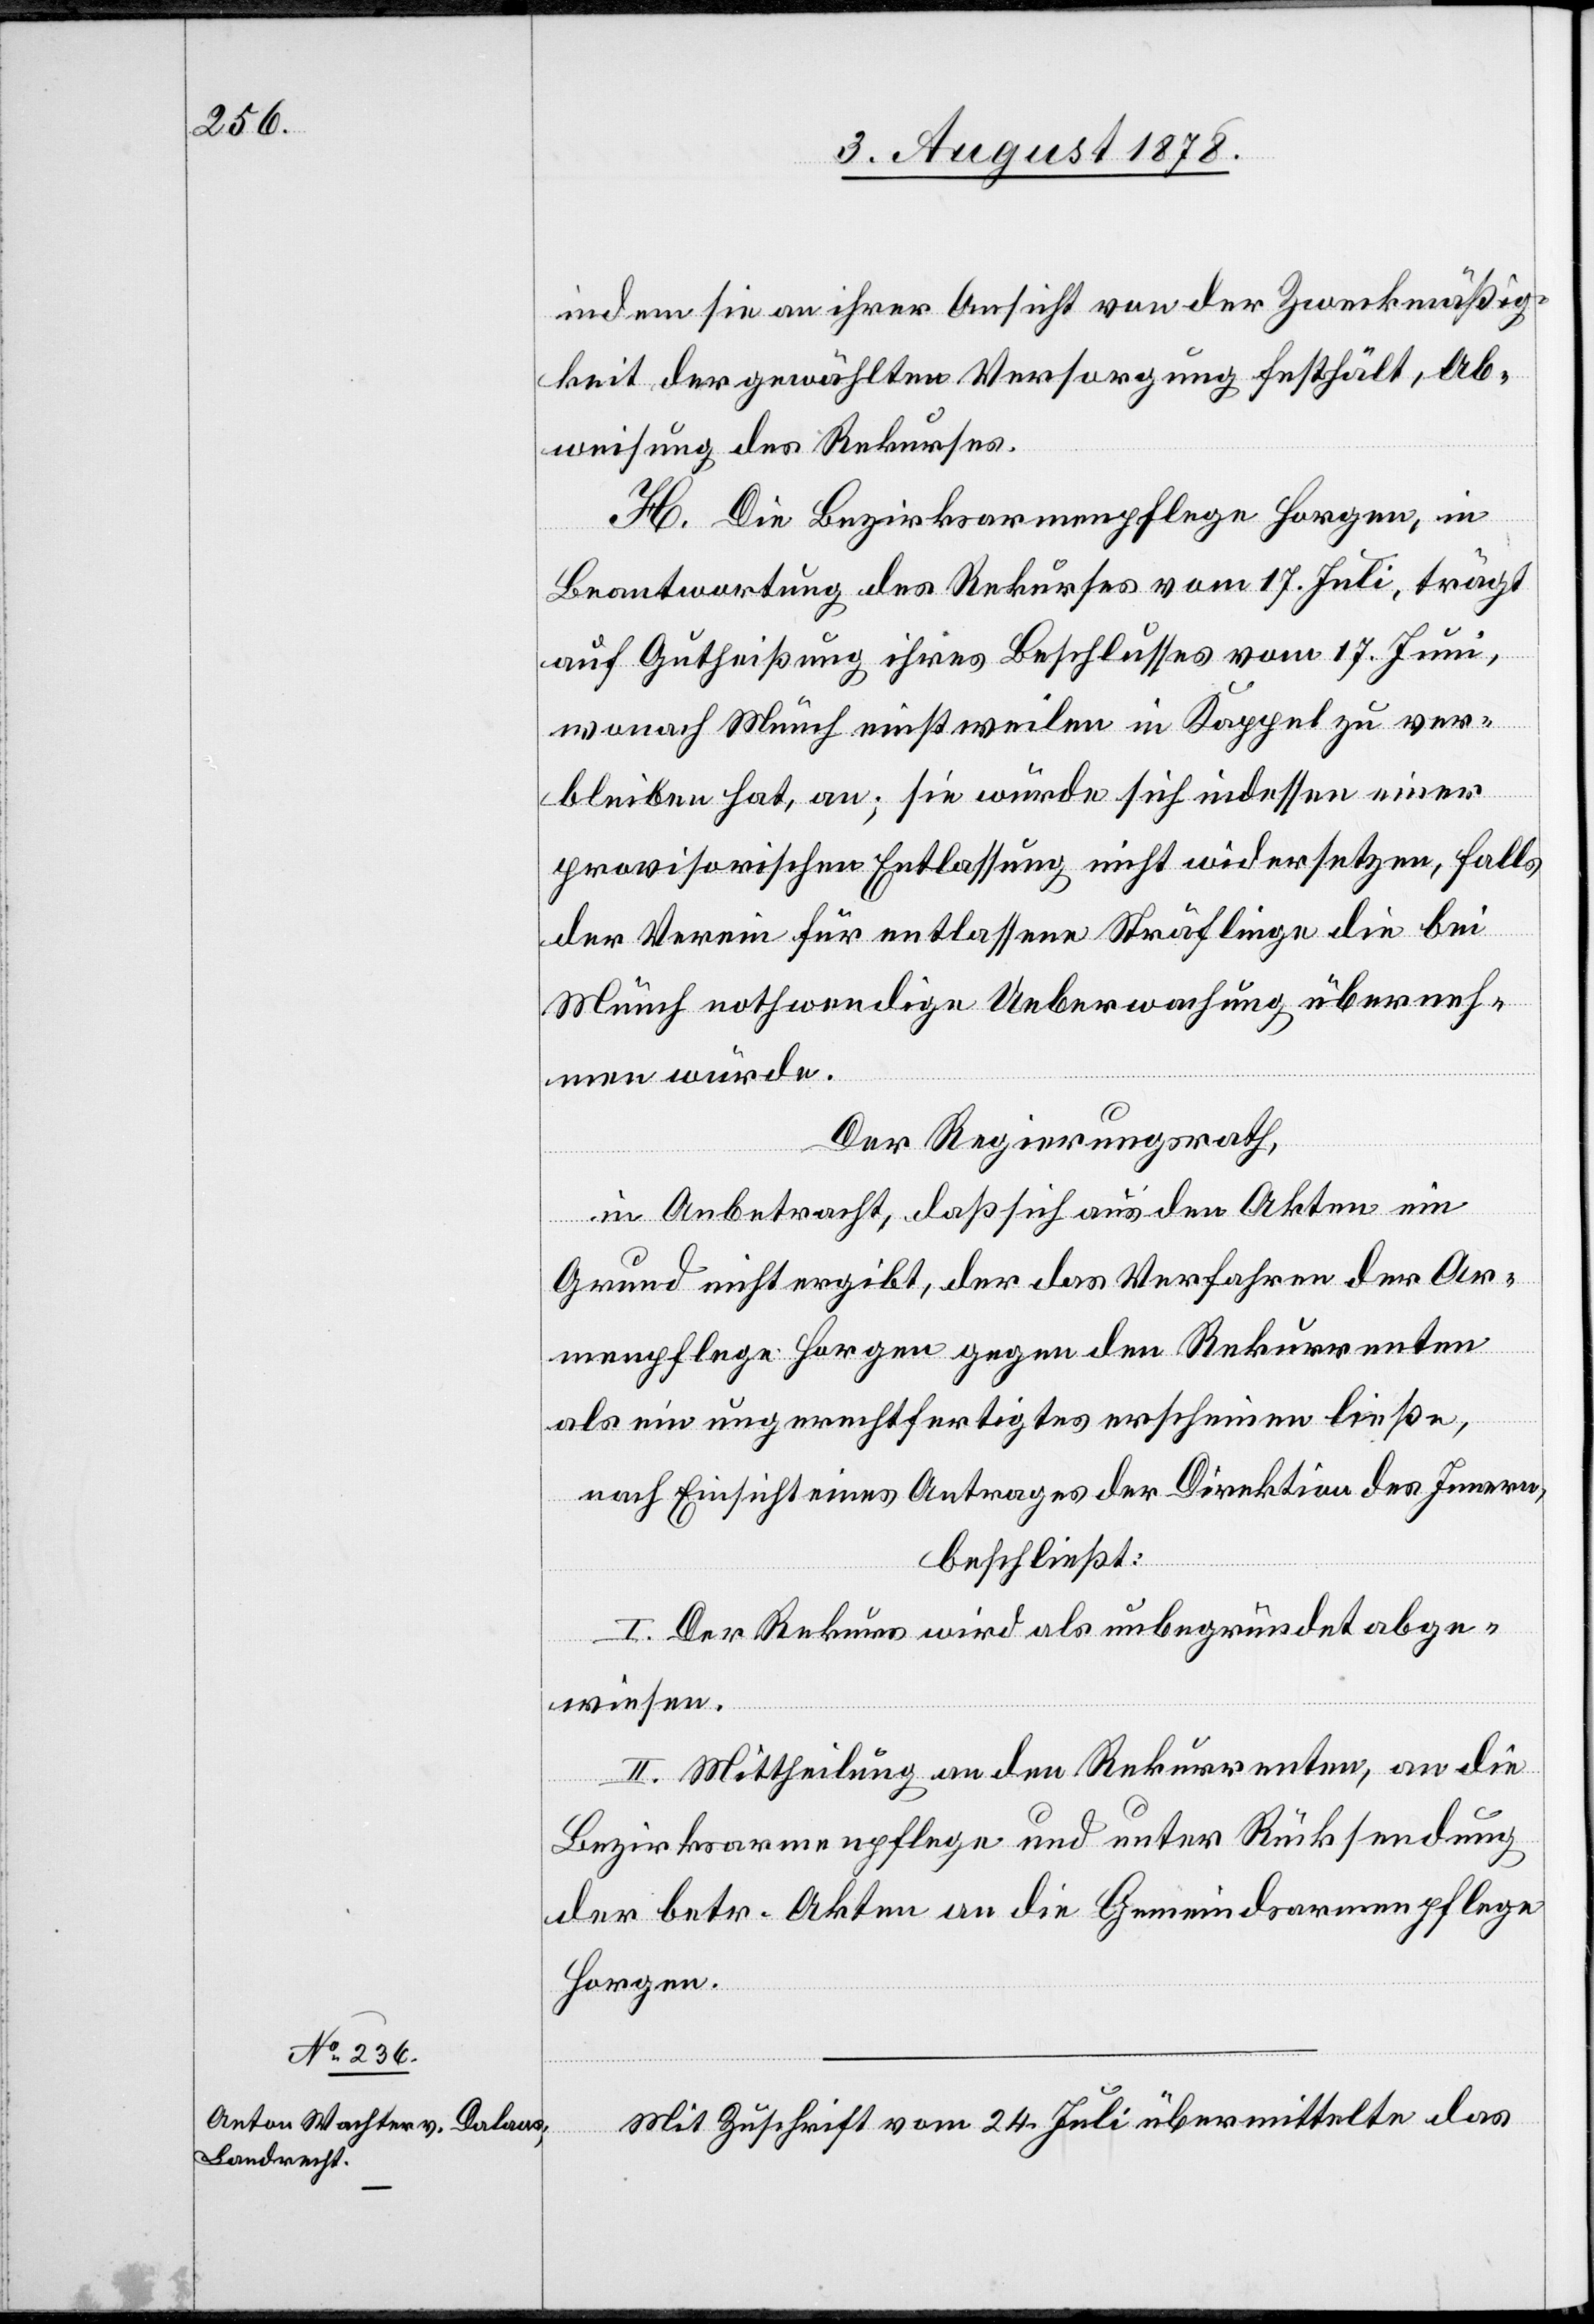
indem sie an ihrer Ansicht von der Zweckmäßig¬
keit der gewählten Versorgung festhält, Ab¬
weisung des Rekurses.
H. Die Bezirksarmenpflege Horgen, in
Beantwortung des Rekurses vom 17. Juli, trägt
auf Gutheißung ihres Beschlusses vom 17. Juni,
wonach Münch einstweilen in Kappel zu ver¬
bleiben hat, an; sie würde sich indessen einer
provisorischen Entlassung nicht widersetzen, falls
der Verein für entlassene Sträflinge die bei
Münch nothwendige Ueberwachung überneh¬
men würde.
Der Regierungsrath,
in Anbetracht, daß sich aus den Akten ein
Grund nicht ergibt, der das Verfahren der Ar¬
menpflege Horgen gegen den Rekurrenten
als ein ungerechtfertigtes erscheinen ließe,
nach Einsicht eines Antrages der Direktion des Innern,
beschließt:
I. Der Rekurs wird als unbegründet abge¬
wiesen.
II. Mittheilung an den Rekurrenten, an die
Bezirksarmenpflege und unter Rücksendung
der betr. Akten an die Gemeindsarmenpflege
Horgen.
Mit Zuschrift vom 24. Juli übermittelte das